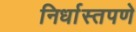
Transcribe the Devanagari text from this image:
निर्धास्तपणे